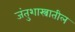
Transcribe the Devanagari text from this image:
जंतुशास्त्रातील